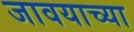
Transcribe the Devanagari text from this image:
जावयाच्या